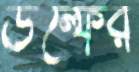
উল্ফের